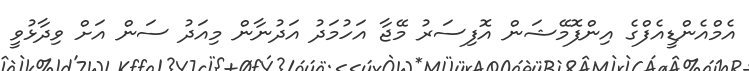
އެމްއެންޑީއެފްގެ އިންފޮމޭޝަން އޮފިސަރު މޭޖާ އަހުމަދު އަދުނާން މިއަދު ސަން އަށް ވިދާޅުވީ